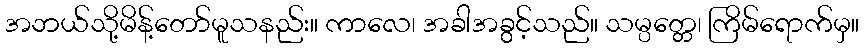
အဘယ်သို့မိန့်တော်မူသနည်း။ ကာလေ၊ အခါအခွင့်သည်။ သမ္ပတ္တေ၊ ကြိမ်ရောက်မှ။